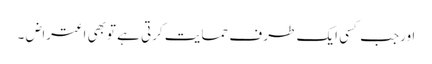
اورجب کسی ایک طر ف حمایت کرتی ہے توبھی اعتراض ۔